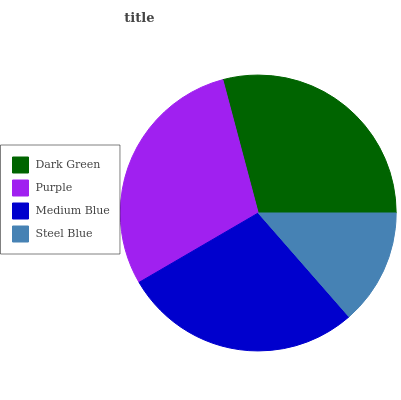
| Dark Green | Purple | Medium Blue | Steel Blue |
 | --- | --- | --- | --- |
 | 29.1% | 29.3% | 28% | 13.6% |